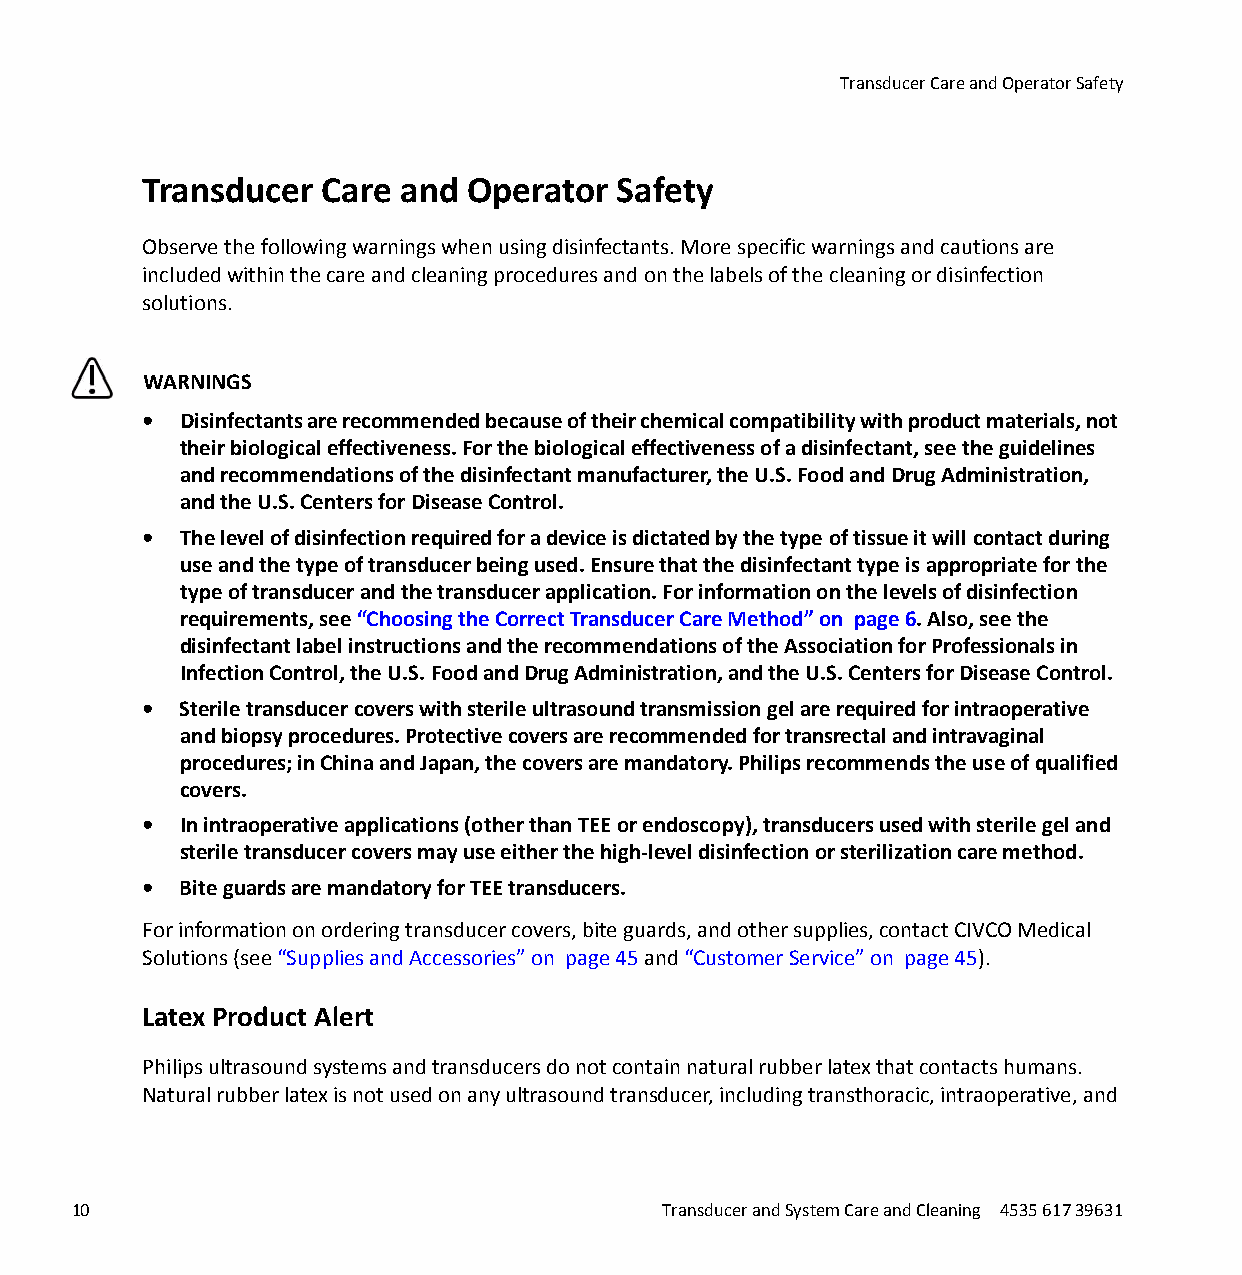
Transducer Care and Operator Safety
 Transducer Care  and Operator  Safety
 Observe the following warnings when using disinfectants. More specific warnings and cautions are
 included within the care and cleaning procedures and on the labels of the cleaning or disinfection
 solutions.
 WARNINGS
 • Disinfectants are recommended because of their chemical compatibility with product materials, not
 their biological effectiveness. For the biological effectiveness of a disinfectant, see the guidelines
 and recommendations of the disinfectant manufacturer, the U.S. Food and Drug Administration,
 and the U.S. Centers for Disease Control.
 • The level of disinfection required for a device is dictated by the type of tissue it will contact during
 use and the type of transducer being used. Ensure that the disinfectant type is appropriate for the
 type of transducer and the transducer application. For information on the levels of disinfection
 requirements, see “Choosing the Correct Transducer Care Method” on page 6. Also, see the
 disinfectant label instructions and the recommendations of the Association for Professionals in
 Infection Control, the U.S. Food and Drug Administration, and the U.S. Centers for Disease Control.
 • Sterile transducer covers with sterile ultrasound transmission gel are required for intraoperative
 and biopsy procedures. Protective covers are recommended for transrectal and intravaginal
 procedures; in China and Japan, the covers are mandatory. Philips recommends the use of qualified
 covers.
 • In intraoperative applications (other than TEE or endoscopy), transducers used with sterile gel and
 sterile transducer covers may use either the high-level disinfection or sterilization care method.
 • Bite guards are mandatory for TEE transducers.
 For information on ordering transducer covers, bite guards, and other supplies, contact CIVCO Medical
 Solutions (see “Supplies and Accessories” on page 45 and “Customer Service” on page 45).
 Latex Product Alert
 Philips ultrasound systems and transducers do not contain natural rubber latex that contacts humans.
 Natural rubber latex is not used on any ultrasound transducer, including transthoracic, intraoperative, and
 10                                     Transducer and System Care and Cleaning 4535 617 39631
 erachtlaeH
 spilihP